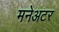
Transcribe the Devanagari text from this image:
मनेअटर